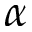
\alpha